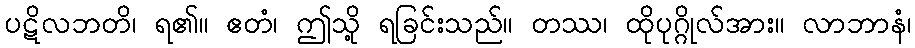
ပဋိလဘတိ၊ ရ၏။ ဧတံ၊ ဤသို့ ရခြင်းသည်။ တဿ၊ ထိုပုဂ္ဂိုလ်အား။ လာဘာနံ၊